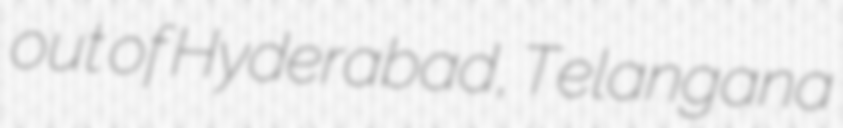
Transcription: out of Hyderabad, Telangana